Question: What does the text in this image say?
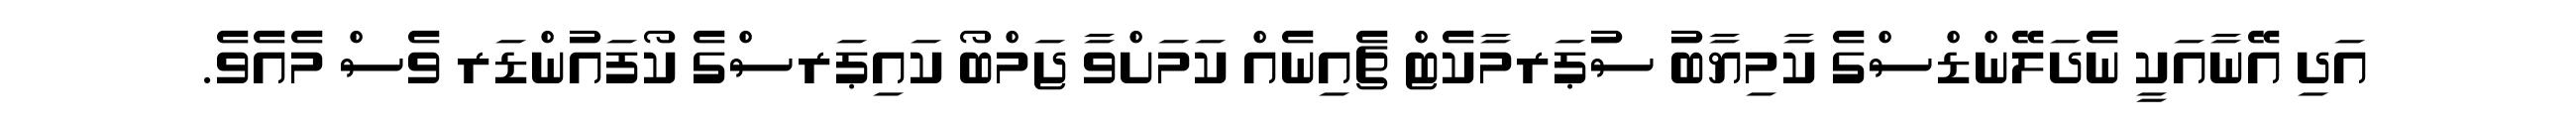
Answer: އަދި އޭނާއަކީ ނެދަލޭންޑްސްގެ ކާމިޔާބު ސުޕަރމާކެޓް ޗެއިނެއް ކަމަށްވާ ޖަމްބޯ ކައިޕަރސްގެ ކޯފައުންޑަރ ވެސް މެއެވެ.